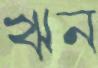
ঋন